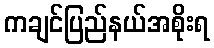
ကချင်ပြည်နယ်အစိုးရ